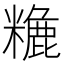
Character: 𥼡